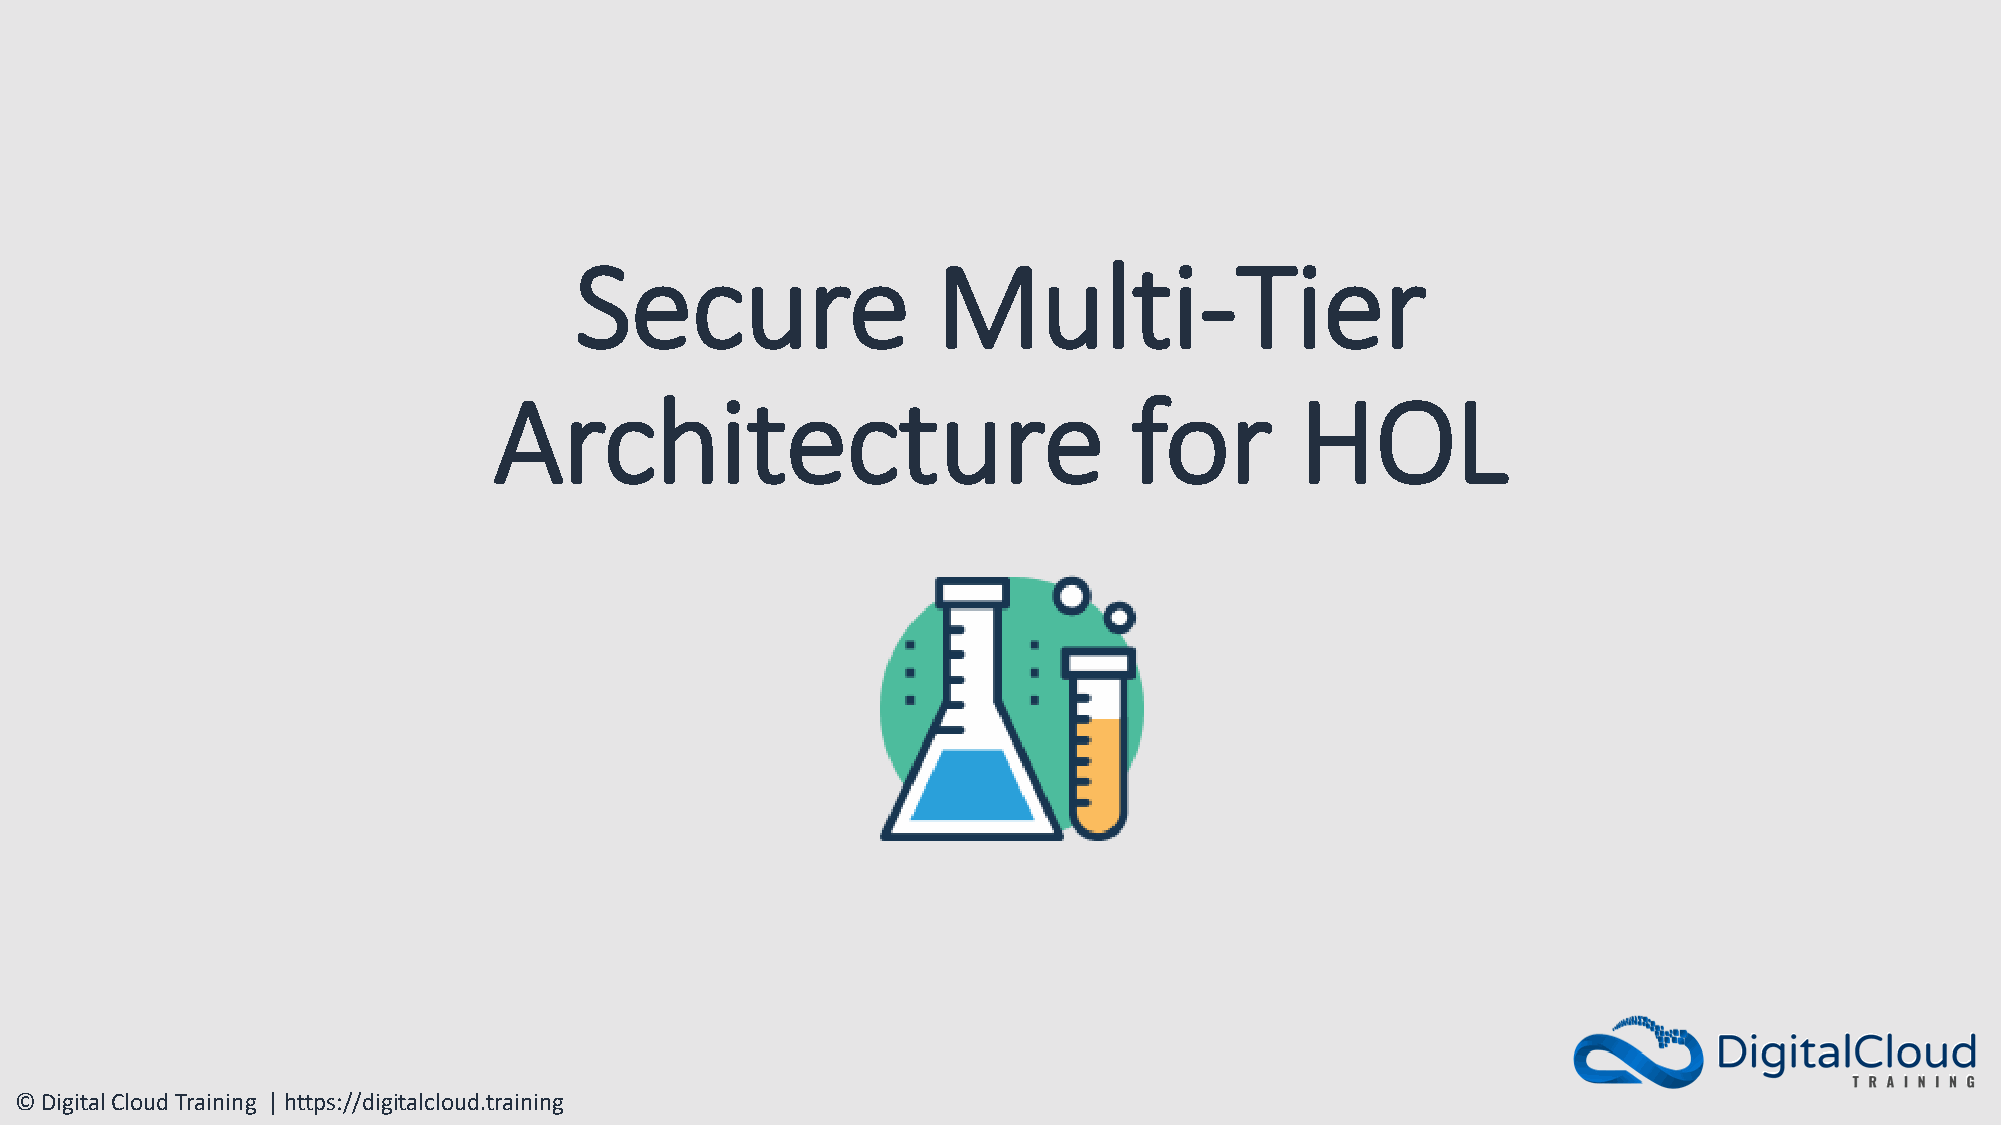
Secure                  Multi-Tier
 Architecture                              for        HOL
 © Digital Cloud Training | https://digitalcloud.training